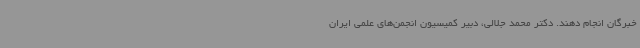
خبرگان انجام دهند. دکتر محمد جلالی، دبیر کمیسیون انجمن‌های علمی ایران